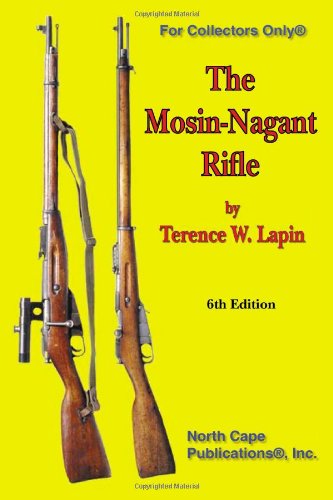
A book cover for The Mosin-Nagant Rifle, 6th Edition (For collectors only); Terence W. Lapin; Engineering & Transportation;